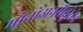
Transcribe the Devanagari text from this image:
मोनोअनसैचुरेटेड